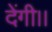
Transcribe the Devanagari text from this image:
देंगी।।